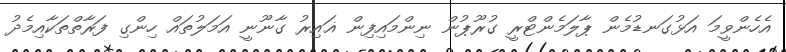
އެހެންވީމަ އަޅުގަނޑުމެން ޕާލަމެންޓްރީ ގުރޫޕުން ނިންމައިފިން ޣައިރު ގާނޫނީ އަމަލުތައް ހިންގި ފަރާތްތަކާއިމެދު